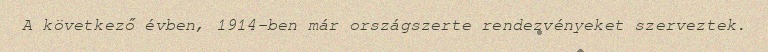
A következő évben, 1914-ben már országszerte rendezvényeket szerveztek.